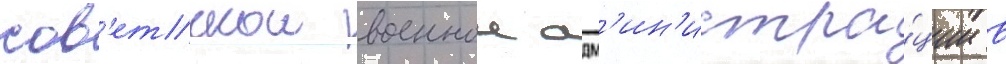
сов'етскои военнои адм'ин'истра́ции в